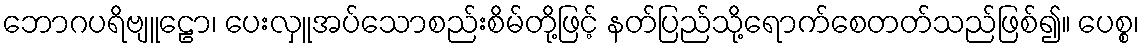
ဘောဂပရိဗျူဠော၊ ပေးလှူအပ်သောစည်းစိမ်တို့ဖြင့် နတ်ပြည်သို့ရောက်စေတတ်သည်ဖြစ်၍။ ပေစ္စ၊